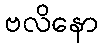
ဗလိနော